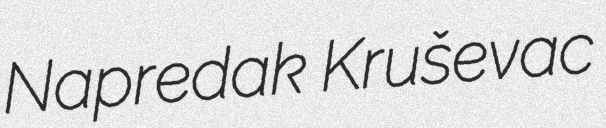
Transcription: Napredak Kruševac